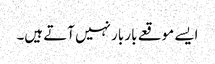
ایسے موقعے بار بار نہیں آتے ہیں۔